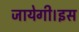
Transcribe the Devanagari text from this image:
जायेगी।इस